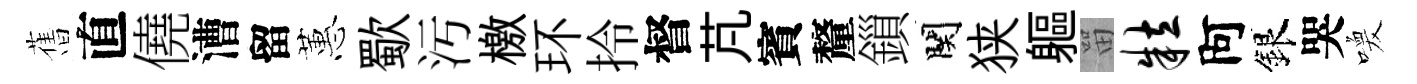
𦾔直僥漕留蕙歜污檄环拎督芃賓釐鎻関狭軀㽞粒阿銀哭喚